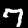
Digit: 7